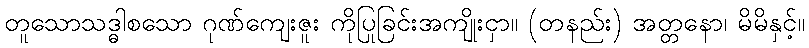
တူသောသဒ္ဓါစသော ဂုဏ်ကျေးဇူး ကိုပြုခြင်းအကျိုးငှာ။ (တနည်း) အတ္တနော၊ မိမိနှင့်။